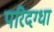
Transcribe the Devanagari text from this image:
परिदग्धा